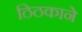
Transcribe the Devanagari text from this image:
ठिठकाने